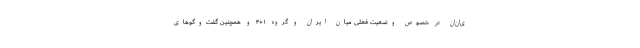
ی‌ان‌ان در خصوص وضعیت فعلی میان ایران و گروه ۱+۴ و همچنین گفت‌وگوهای